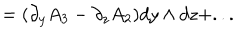
LaTeX: = ( \partial _ { y } A _ { 3 } - \partial _ { z } A _ { 2 } ) d y \wedge d z + . . .